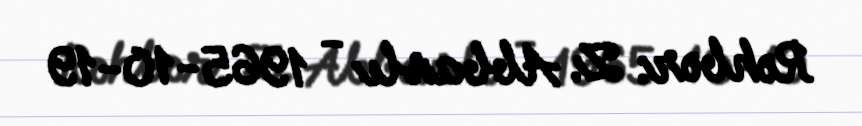
Rəhbər: Z. Abbaslı - 1965-10-19